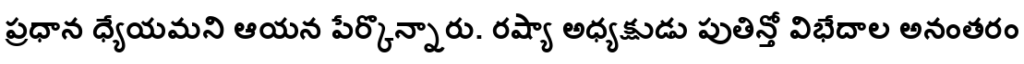
ప్రధాన ధ్యేయమని ఆయన పేర్కొన్నారు. రష్యా అధ్యక్షుడు పుతిన్తో విభేదాల అనంతరం